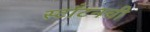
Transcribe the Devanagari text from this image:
स्टाँटनची